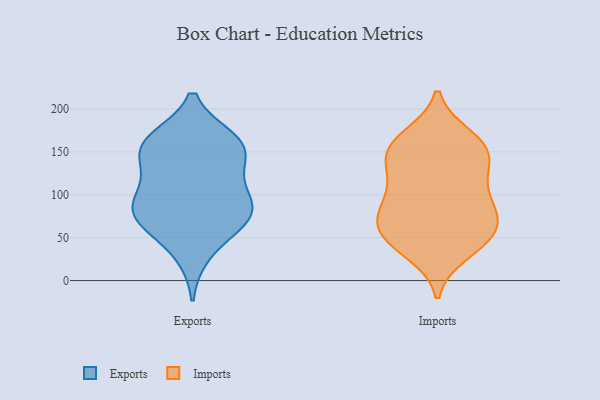
{"axis": {"x": "Temperature (°C)", "y": "Value"}, "legend": ["Exports", "Imports"], "data": [{"x": "", "y": 91, "type": "Exports"}, {"x": "", "y": 161, "type": "Exports"}, {"x": "", "y": 126, "type": "Exports"}, {"x": "", "y": 68, "type": "Exports"}, {"x": "", "y": 89, "type": "Exports"}, {"x": "", "y": 67, "type": "Exports"}, {"x": "", "y": 31, "type": "Exports"}, {"x": "", "y": 159, "type": "Exports"}, {"x": "", "y": 156, "type": "Exports"}, {"x": "", "y": 77, "type": "Exports"}, {"x": "", "y": 147, "type": "Exports"}, {"x": "", "y": 78, "type": "Exports"}, {"x": "", "y": 110, "type": "Exports"}, {"x": "", "y": 164, "type": "Exports"}, {"x": "", "y": 93, "type": "Imports"}, {"x": "", "y": 81, "type": "Imports"}, {"x": "", "y": 167, "type": "Imports"}, {"x": "", "y": 133, "type": "Imports"}, {"x": "", "y": 57, "type": "Imports"}, {"x": "", "y": 90, "type": "Imports"}, {"x": "", "y": 128, "type": "Imports"}, {"x": "", "y": 46, "type": "Imports"}, {"x": "", "y": 65, "type": "Imports"}, {"x": "", "y": 58, "type": "Imports"}, {"x": "", "y": 67, "type": "Imports"}, {"x": "", "y": 153, "type": "Imports"}, {"x": "", "y": 41, "type": "Imports"}, {"x": "", "y": 155, "type": "Imports"}, {"x": "", "y": 33, "type": "Imports"}, {"x": "", "y": 163, "type": "Imports"}, {"x": "", "y": 126, "type": "Imports"}, {"x": "", "y": 96, "type": "Imports"}, {"x": "", "y": 153, "type": "Imports"}]}